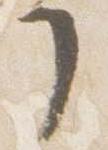
了